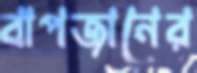
বাপজানের